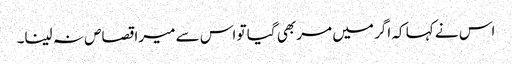
اس نے کہا کہ اگر میں مر بھی گیا تو اس سے میرا قصاص نہ لینا۔